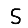
Digit: 5